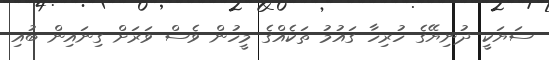
ސަޔަކީ ދުނިޔޭގެ ހުރިހާ ގައުމު ތަކެއްގެ މީހުން ވެސް ވަރަށް ގިނައިން ބުއި